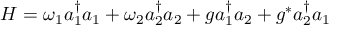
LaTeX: H = \omega _ { 1 } a _ { 1 } ^ { \dagger } a _ { 1 } + \omega _ { 2 } a _ { 2 } ^ { \dagger } a _ { 2 } + g a _ { 1 } ^ { \dagger } a _ { 2 } + g ^ { * } a _ { 2 } ^ { \dagger } a _ { 1 }